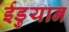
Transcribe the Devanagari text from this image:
ईडुयान